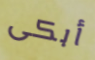
أبكى